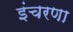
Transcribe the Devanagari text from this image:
इंचरणा